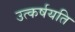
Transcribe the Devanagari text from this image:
उत्कर्षयति